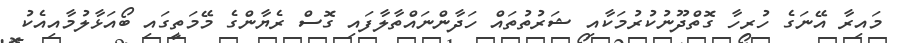
މައިރާ އޭނަގެ ހުރިހާ ގޮތްދޫނުކުރުމަކާއި ޝަރުތުތައް ހަދާންނައްތާލާފައި ގޮސް ރެޔާންގެ މޭމަތީގައި ބޯއަޅާލުމާއިއެކު